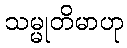
သမ္မုတိမာဟု